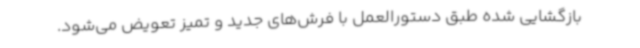
بازگشایی شده طبق دستورالعمل با فرش‌های جدید و تمیز تعویض می‌شود.